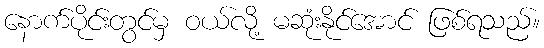
နောက်ပိုင်းတွင်မှ ဝယ်လို့ မဆုံးနိုင်အောင် ဖြစ်ရသည်။